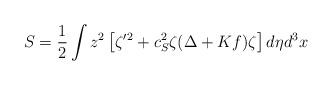
LaTeX: \begin{align*}S=\frac{1}{2}\int z^{2}\left[ \zeta^{\prime}{}^2+c_{S}^{2}\zeta ({\Delta +Kf})\zeta \right] d\eta d^{3}x \end{align*}